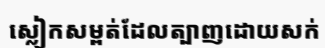
ស្លៀកសម្ពត់ដែលត្បាញដោយសក់